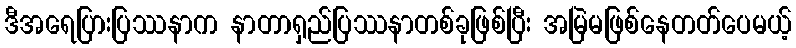
ဒီအရေပြားပြဿနာက နာတာရှည်ပြဿနာတစ်ခုဖြစ်ပြီး အမြဲမဖြစ်နေတတ်ပေမယ့်